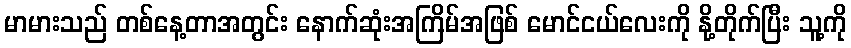
မာမားသည် တစ်နေ့တာအတွင်း နောက်ဆုံးအကြိမ်အဖြစ် မောင်ငယ်လေးကို နို့တိုက်ပြီး သူ့ကို